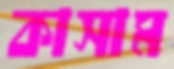
কাসাম